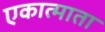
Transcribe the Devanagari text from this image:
एकात्माता